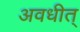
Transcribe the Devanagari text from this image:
अवधीत्‌